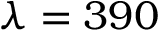
\lambda = 3 9 0